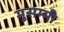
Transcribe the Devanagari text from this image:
मुसम्मी